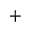
+